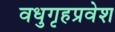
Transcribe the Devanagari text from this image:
वधुगृहप्रवेश